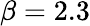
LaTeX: \beta=2.3